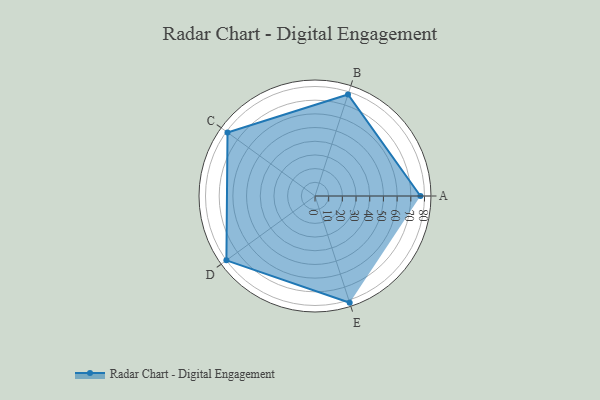
{"axis": {"x": "Skill", "y": "Score"}, "legend": ["Profile"], "data": [{"x": "A", "y": 77.0, "type": "Profile"}, {"x": "B", "y": 78.0, "type": "Profile"}, {"x": "C", "y": 79.0, "type": "Profile"}, {"x": "D", "y": 80.0, "type": "Profile"}, {"x": "E", "y": 82.0, "type": "Profile"}]}